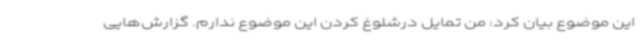
این موضوع بیان کرد: من تمایل درشلوغ کردن این موضوع ندارم. گزارش‌هایی